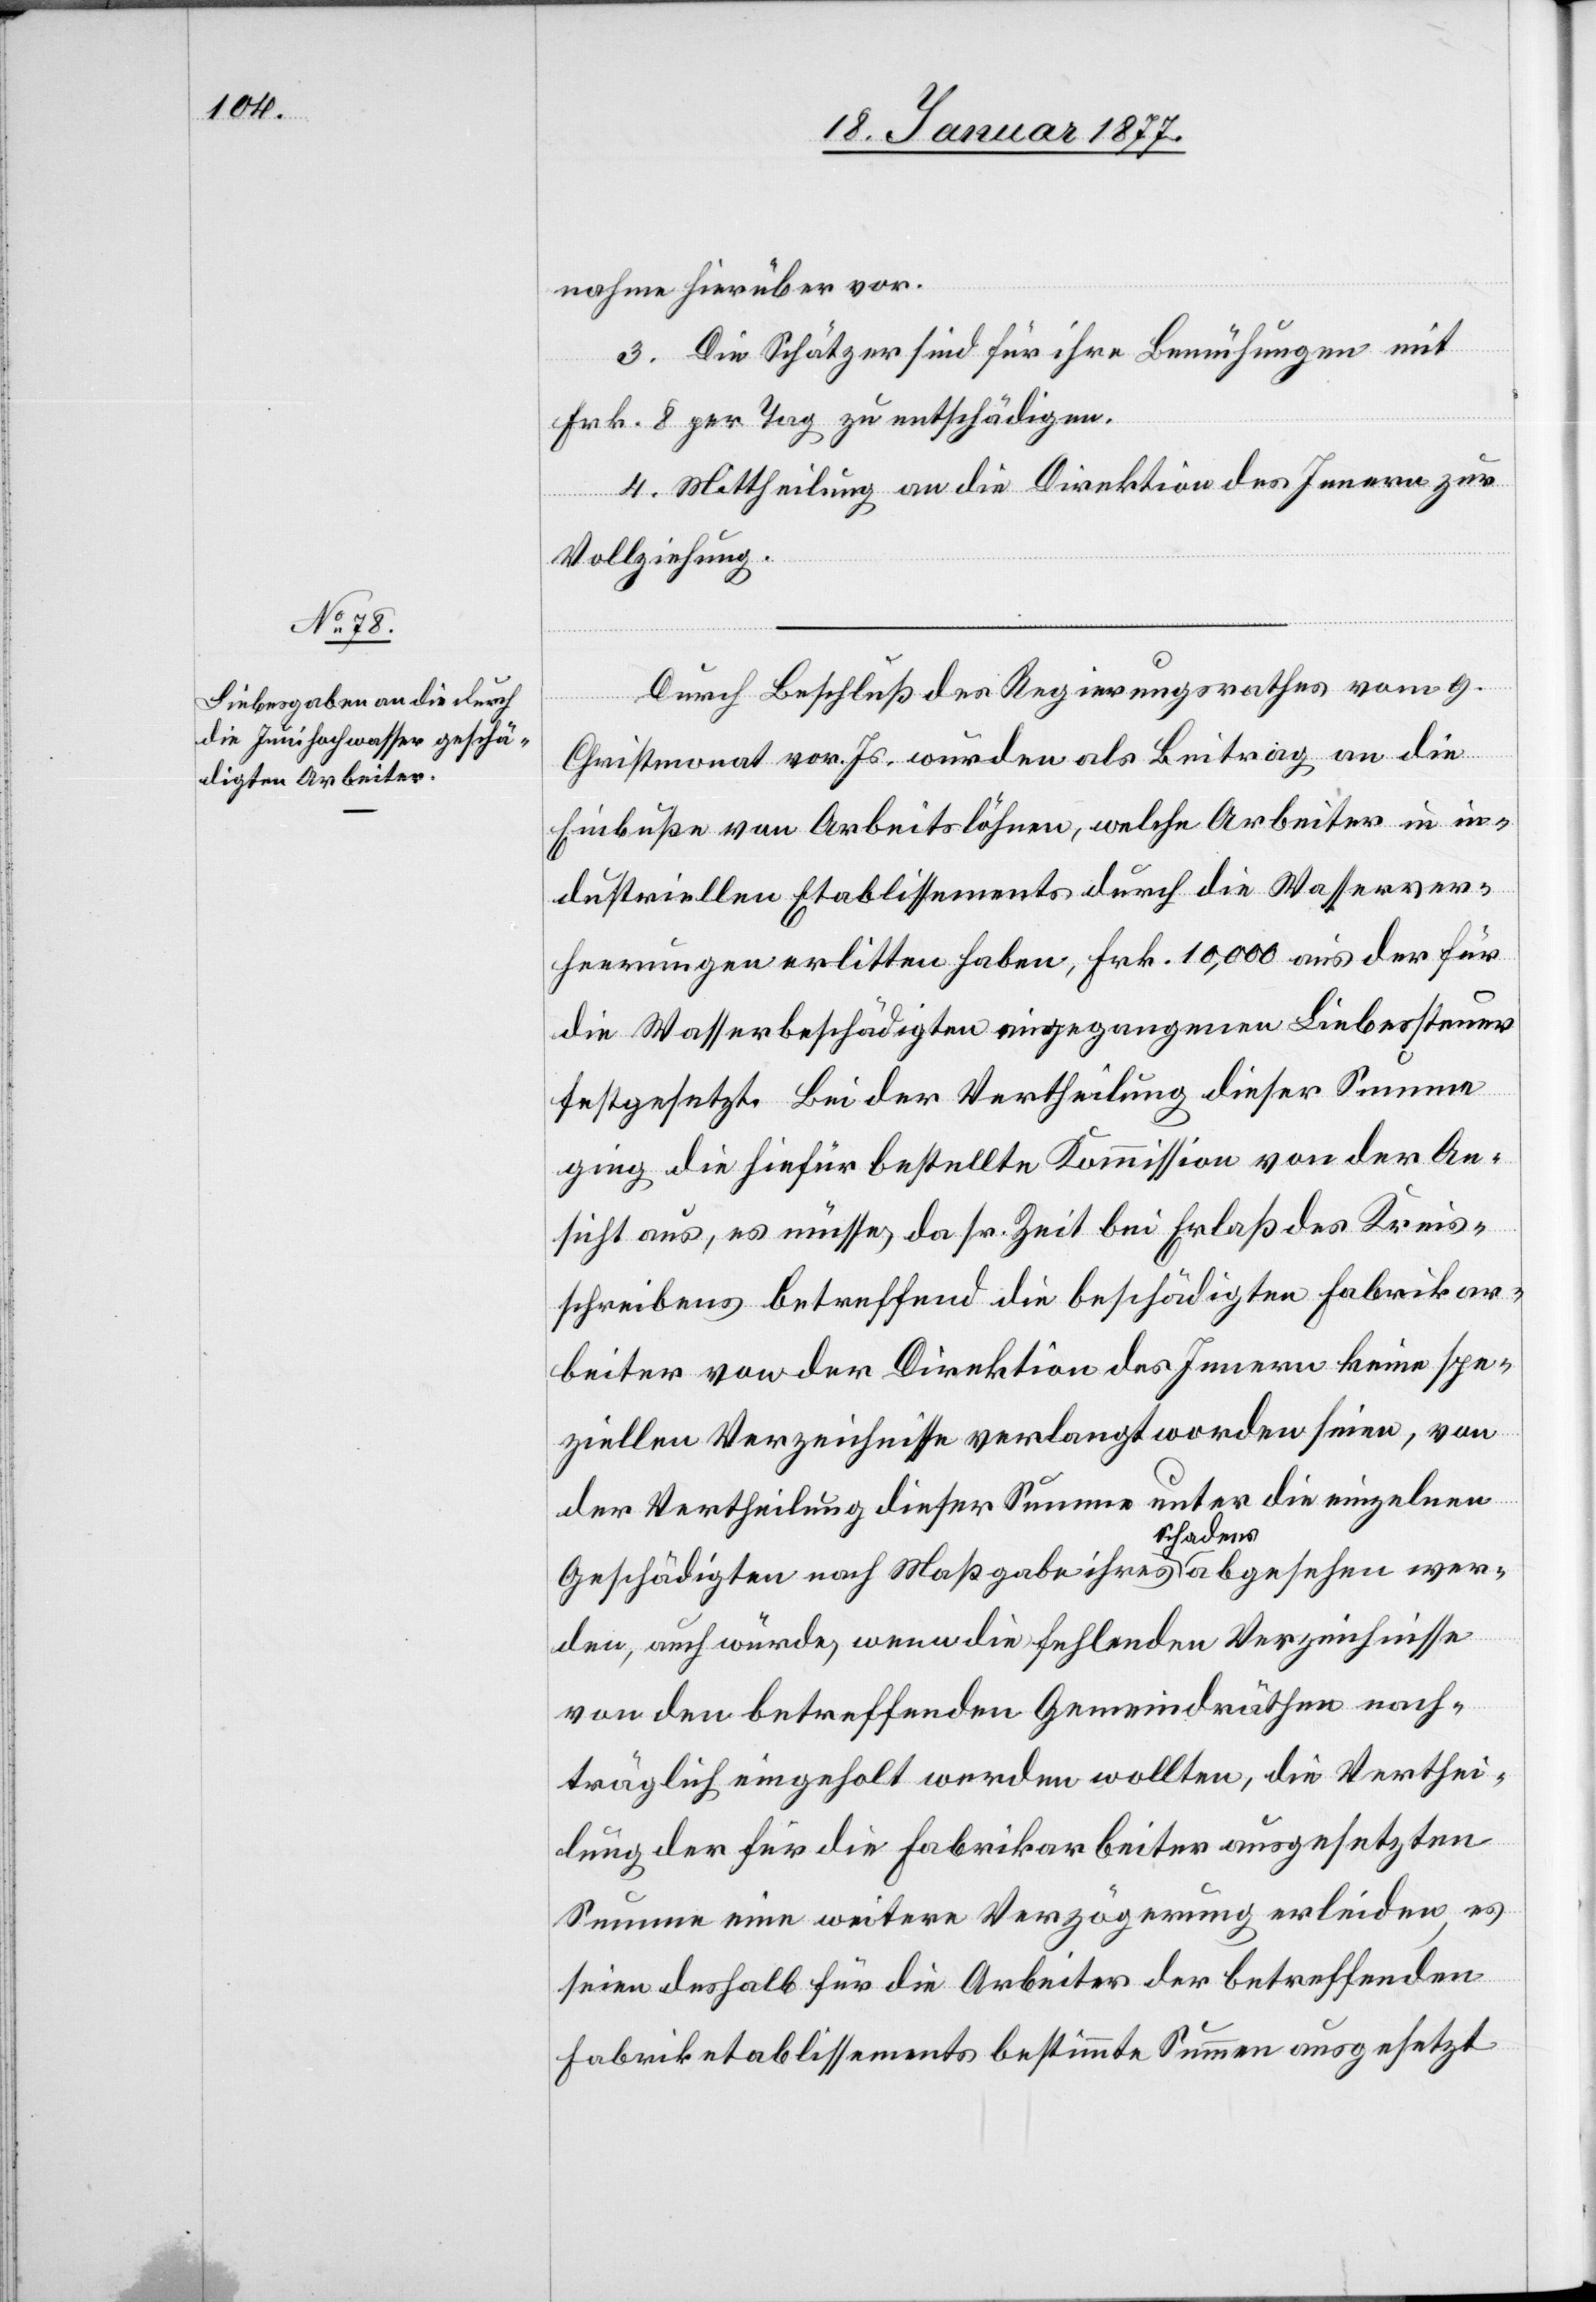
nahme hierüber vor.
3. Die Schätzer sind für ihre Bemühungen mit
Frk. 8 per Tag zu entschädigen.
4. Mittheilung an die Direktion des Innern zur
Vollziehung.
Durch Beschluß des Regierungsrathes vom 9.
Christmonat vor. Js. wurden als Beitrag an die
Einbußen von Arbeitslöhnen, welche Arbeiter in in¬
dustriellen Etablissements durch die Wasserver¬
heerungen erlitten haben, Frk. 10,000 aus der für
die Wasserbeschädigten eingegangenen Liebessteuer
festgesetzt. Bei der Vertheilung dieser Summe
ging die hiefür bestellte Kommission von der An¬
sicht aus, es müsse, da sr. Zeit bei Erlaß des Kreis¬
schreibens betreffend die beschädigten Fabrikar¬
beiter von der Direktion des Innern keine spe¬
ziellen Verzeichnisse verlangt worden seien, von
der Vertheilung dieser Summe unter die einzelnen
Geschädigten nach Maßgabe ihres Schadens abgesehen wer¬
den, auch würde, wenn die fehlenden Verzeichnisse
von den betreffenden Gemeindräthen nach¬
träglich eingeholt werden wollten, die Verthei¬
lung der für die Fabrikarbeiter ausgesetzten
Summe eine weitere Verzögerung erleiden, es
seien deshalb für die Arbeiter der betreffenden
Fabriketablissements bestimmte Summen ausgesetzt